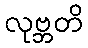
လုဗ္ဘတိ